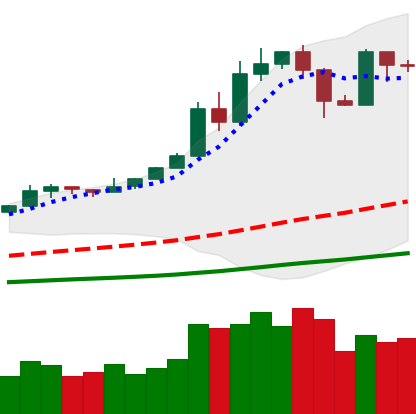
Ticker: BTC-USD
Chart end date: 2019-05-21
Forward return: 8.915%
Label: up_7plus